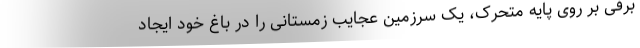
برفی بر روی پایه متحرک، یک سرزمین عجایب زمستانی را در باغ خود ایجاد